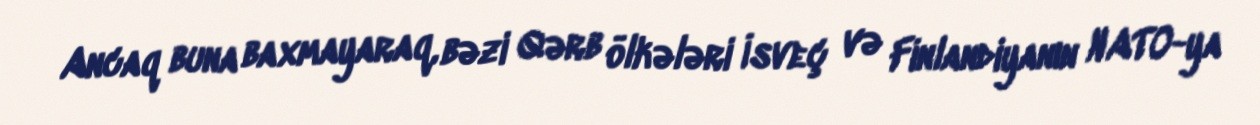
Ancaq buna baxmayaraq, bəzi Qərb ölkələri İsveç və Finlandiyanın NATO-ya